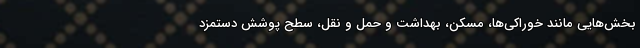
بخش‌هایی مانند خوراکی‌ها، مسکن، بهداشت و حمل و نقل، سطح پوشش دستمزد